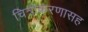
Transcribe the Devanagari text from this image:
चित्रीकरणासह